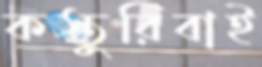
কস্তুরিবাই